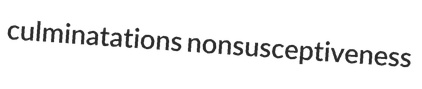
culminatations nonsusceptiveness